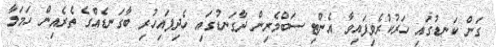
ގަން ކަނޑުގައި ހަރުކުރެވިފައިވާ އެންޓި ސަބްމެރިން ދާގަނޑުގައި ހެދިފައިހުރި ބާގަނޑެއްގެ ތެރެއިން ހަމަލާ